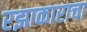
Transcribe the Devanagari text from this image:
रझाकाराचा